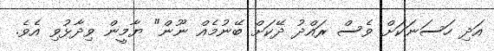
އަދި ހަސަނަކަށް ވެސް ރައްދު ދޭކަށް ބޭނުމެއް ނޫން" ޔާމީން ވިދާޅުވި އެވެ.